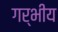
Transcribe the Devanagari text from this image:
गर्भीय